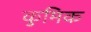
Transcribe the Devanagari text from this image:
कुमिक